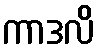
ကာဒလိ